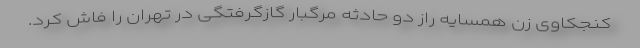
کنجکاوی زن همسایه راز دو حادثه مرگبار گازگرفتگی در تهران را فاش کرد.